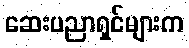
ဆေးပညာရှင်များက